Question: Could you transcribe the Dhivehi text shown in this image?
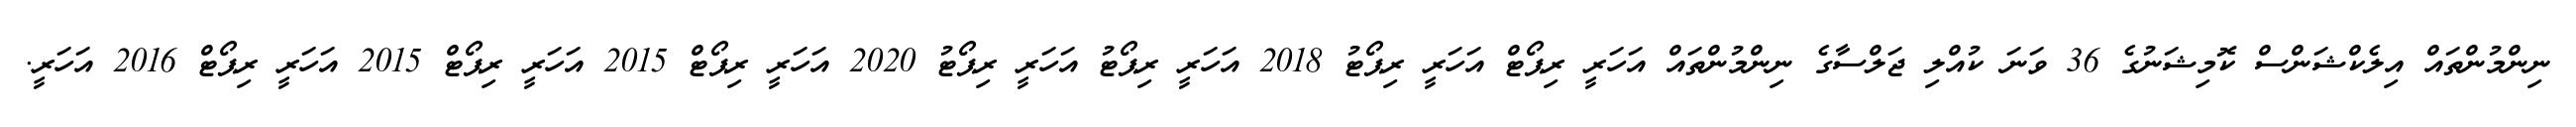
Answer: ނިންމުންތައް އިލެކްޝަންސް ކޮމިޝަނުގެ 36 ވަނަ ކުއްލި ޖަލްސާގެ ނިންމުންތައް އަހަރީ ރިޕޯޓް އަހަރީ ރިޕޯޓު 2018 އަހަރީ ރިޕޯޓު އަހަރީ ރިޕޯޓު 2020 އަހަރީ ރިޕޯޓް 2015 އަހަރީ ރިޕޯޓް 2015 އަހަރީ ރިޕޯޓް 2016 އަހަރީ.